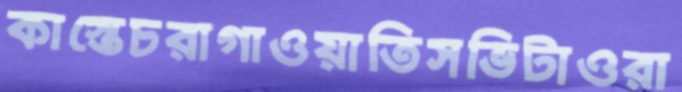
কাস্তেচরাগাওয়াতিসভিটাওরা